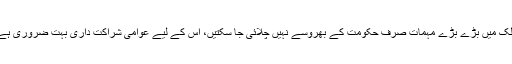
ملک میں بڑے بڑے مہمات صرف حکومت کے بھروسے نہیں چلائی جا سکتیں، اس کے لیے عوامی شراکت داری بہت ضروری ہے۔